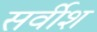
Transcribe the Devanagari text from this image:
सर्वीश